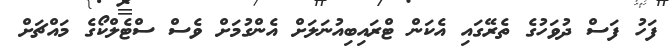
ފަހު ފަސް ދުވަހުގެ ތެރޭގައި އެކަން ޓްރައިބިއުނަލަށް އެންގުމަށް ވެސް ސްޓެލްކޯގެ މައްޗަށް